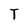
Character: T